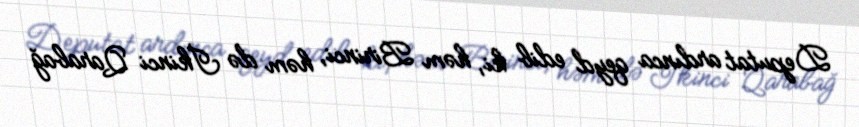
Deputat ardınca qeyd edib ki, həm Birinci, həm də İkinci Qarabağ